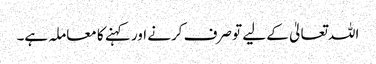
اللہ تعالیٰ کے لیے تو صرف کرنے اور کہنے کا معاملہ ہے۔